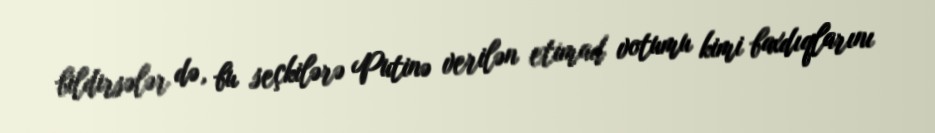
bildirsələr də, bu seçkilərə Putinə verilən etimad votumu kimi baxdıqlarını